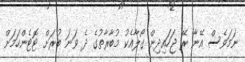
ނަމަވެސް އޭނާ ރޭ ޖަހައިދިން ގޯލާއެކު މުބާރާތުގެ ދެ ވަނަ ބުރަށް ޓޮޓެންހަމަށް